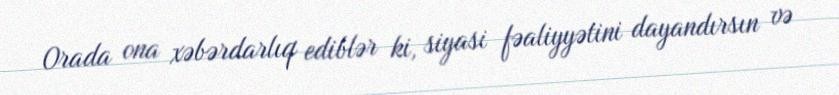
Orada ona xəbərdarlıq ediblər ki, siyasi fəaliyyətini dayandırsın və